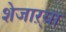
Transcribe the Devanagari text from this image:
शेजाऱ्या